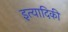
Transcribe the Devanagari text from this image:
इत्‍यादिकी